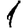
Digit: 1